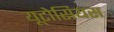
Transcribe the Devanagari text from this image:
यूटोसियस